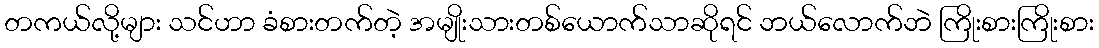
တကယ်လို့များ သင်ဟာ ခံစားတက်တဲ့ အမျိုးသားတစ်ယောက်သာဆိုရင် ဘယ်လောက်ဘဲ ကြိုးစားကြိုးစား